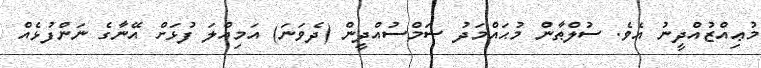
މުޢިއްޒުއްދީނު އެވެ. ސުލްޠާން މުޙައްމަދު ޝަމްސުއްދީން (ދެވަނަ) އަމިއްލަ ފުޅަށް އޭނާގެ ނަންފުޅެއް